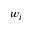
w _ { i }